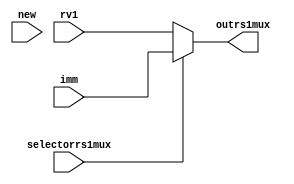
`timescale 1ns / 1ps
//////////////////////////////////////////////////////////////////////////////////
// Company: 
// Engineer: 
// 
// Design Name: 
// Module Name:    rs1mux 
// Project Name: 
// Target Devices: 
// Tool versions: 
// Description: 
//
// Dependencies: 
//
// Revision: 
// Revision 0.01 - File Created
// Additional Comments: 
//
//////////////////////////////////////////////////////////////////////////////////
module rs1mux( selectorrs1mux,rv1,imm,outrs1mux,new
    );
input wire selectorrs1mux,new;
input wire [31:0] rv1;
input wire [31:0] imm;
output reg [31:0] outrs1mux;

always@(selectorrs1mux or rv1 or imm or new) begin
if (selectorrs1mux==0)
outrs1mux<=rv1;
else 
outrs1mux<=imm;
end


endmodule